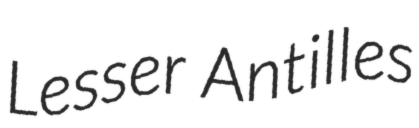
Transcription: Lesser Antilles